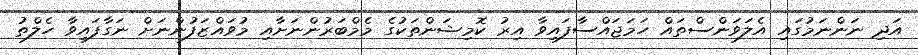
އަދި ނަންނަމުގައި އެލަވަންސްތައް ހަމަޖައްސާފައިވާ އިރު ކޮމިޝަންތަކުގެ މެމްބަރުންނަށާއި މުވައްޒަފުންނަށް ނަގާފައިވާ ހެލްތު